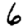
Digit: 6